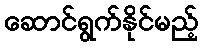
ဆောင်ရွက်နိုင်မည့်